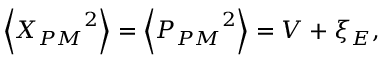
\left\langle { { X } _ { P M } } ^ { 2 } \right\rangle = \left\langle { { P } _ { P M } } ^ { 2 } \right\rangle = V + { { \xi } _ { E } } ,